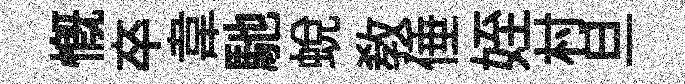
慨卒韋馳蜕教倕姪村旦